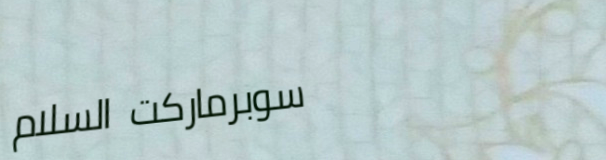
سوبرماركت السلام